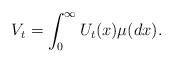
LaTeX: \begin{align*} V_t = \int_0^\infty U_t(x) \mu(dx). \end{align*}